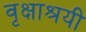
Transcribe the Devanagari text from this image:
वृक्षाश्रयी